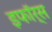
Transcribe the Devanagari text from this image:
इफॉर्स